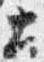
土